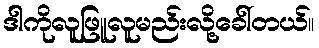
ဒါကိုလူဖြူလူမည်းလို့ခေါ်တယ်။